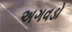
અગવડો